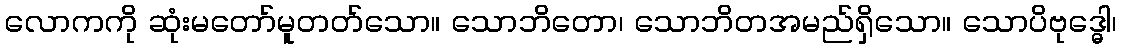
လောကကို ဆုံးမတော်မူတတ်သော။ သောဘိတော၊ သောဘိတအမည်ရှိသော။ သောပိဗုဒ္ဓေါ၊